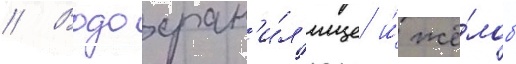
// Водохран'и́л'ище и́ жё́лоб